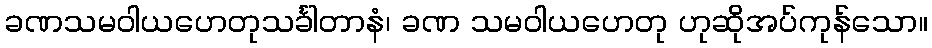
ခဏသမဝါယဟေတုသင်္ခါတာနံ၊ ခဏ သမဝါယဟေတု ဟုဆိုအပ်ကုန်သော။